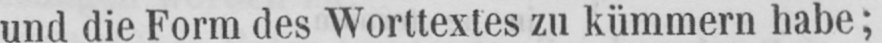
und die Form des Worttextes zu kümmern habe;